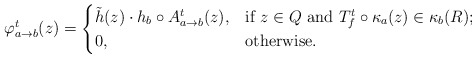
\begin{align*}\varphi_{a\to b}^t(z)=\begin{cases}\tilde{h}(z)\cdot h_b\circ A^t_{a\to b}(z),&\mbox{if $z\in Q$ and $T^t_f\circ \kappa_a(z)\in \kappa_b(R)$;}\\0,&\mbox{otherwise.}\end{cases}\end{align*}